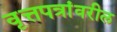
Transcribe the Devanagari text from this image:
वृत्तपत्रांवरील